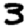
Digit: 3